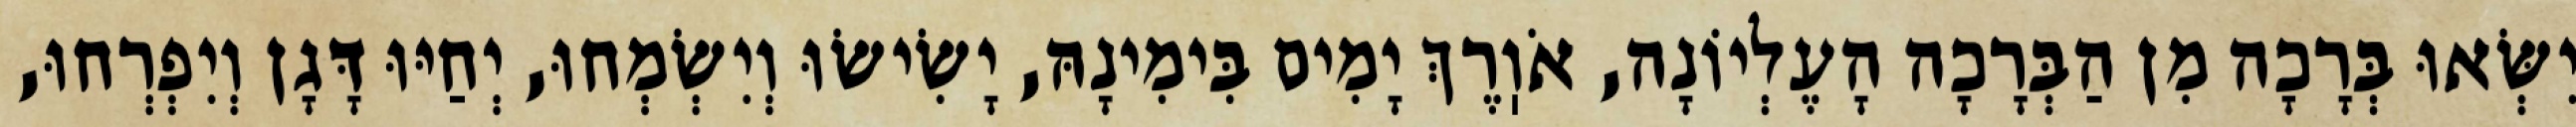
יִשְּׂאוּ בְּרָכָה מִן הַבְּרָכָה הָעֶלְיוֹנָה, אֹוֽרֶךְ יָמִים בִּימִינָהּ, יָשִׂישׂוּ וְיִשְׂמְחוּ, יְחַיּוּ דָּגָן וְיִפְרְחוּ,